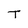
Character: T